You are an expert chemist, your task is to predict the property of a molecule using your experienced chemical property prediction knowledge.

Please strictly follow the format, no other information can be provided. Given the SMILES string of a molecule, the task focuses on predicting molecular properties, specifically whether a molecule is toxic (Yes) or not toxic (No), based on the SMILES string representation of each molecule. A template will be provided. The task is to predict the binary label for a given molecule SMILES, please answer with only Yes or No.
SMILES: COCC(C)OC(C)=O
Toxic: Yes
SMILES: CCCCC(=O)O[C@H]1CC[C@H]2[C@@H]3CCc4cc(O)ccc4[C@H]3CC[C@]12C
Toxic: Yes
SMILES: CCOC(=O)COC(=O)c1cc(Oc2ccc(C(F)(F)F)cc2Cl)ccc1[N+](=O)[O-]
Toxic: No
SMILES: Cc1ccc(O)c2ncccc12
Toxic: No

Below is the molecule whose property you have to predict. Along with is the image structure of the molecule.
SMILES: O=C1Cc2cc(Cl)ccc2N1
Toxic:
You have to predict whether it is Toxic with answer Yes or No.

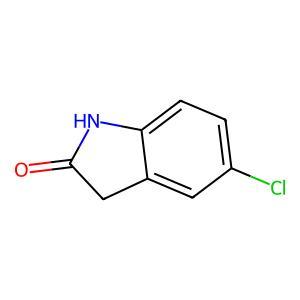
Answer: No